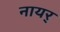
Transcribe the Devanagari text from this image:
नायर्